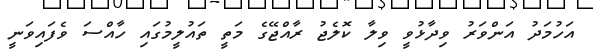
އަހުމަދު އަންވަރު ވިދާޅުވީ ވިލާ ކޮލެޖު ރާއްޖޭގެ މަތީ ތައުލީމުގައި ހާއްސަ ވެފައިވަނީ